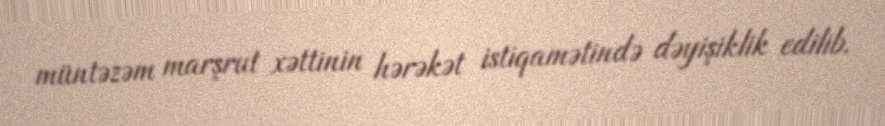
müntəzəm marşrut xəttinin hərəkət istiqamətində dəyişiklik edilib.